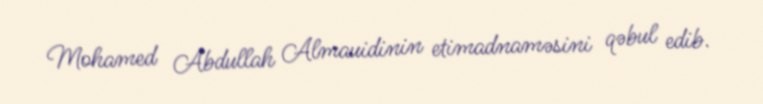
Mohamed Abdullah Almauidinin etimadnaməsini qəbul edib.